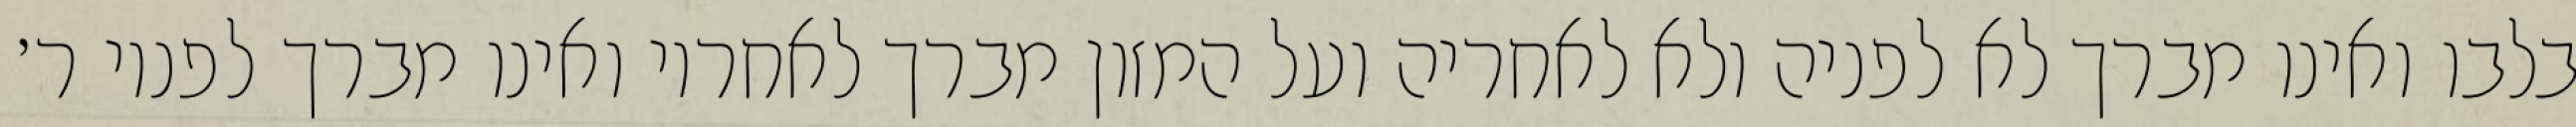
בלבו ואינו מברך לא לפניה ולא לאחריה ועל המזון מברך לאחריו ואינו מברך לפניו ר׳